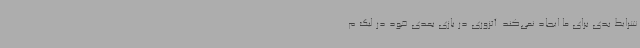
شرایط بدی برای ما ایجاد نمی‌کند. آتزوری در بازی بعدی خود در لیگ م